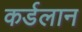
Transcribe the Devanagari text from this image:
कर्डलान